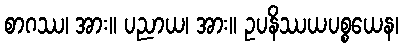
စာဂဿ၊ အား။ ပညာယ၊ အား။ ဥပနိဿယပစ္စယေန၊